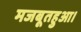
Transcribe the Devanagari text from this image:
मजबूतहुआ।